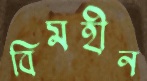
বিমহীন